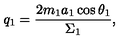
q _ { 1 } = \frac { 2 m _ { 1 } a _ { 1 } \cos \theta _ { 1 } } { \Sigma _ { 1 } } ,